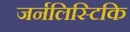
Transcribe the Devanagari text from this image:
जर्नलिस्टिकि